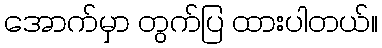
အောက်မှာ တွက်ပြ ထားပါတယ်။